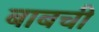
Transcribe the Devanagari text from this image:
बाबची